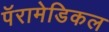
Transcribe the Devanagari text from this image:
पॅरामेडिकल